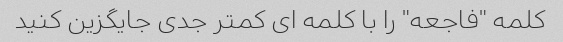
کلمه "فاجعه" را با کلمه ای کمتر جدی جایگزین کنید